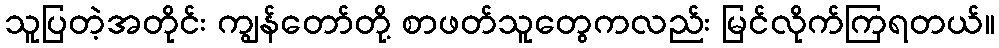
သူပြတဲ့အတိုင်း ကျွန်တော်တို့ စာဖတ်သူတွေကလည်း မြင်လိုက်ကြရတယ်။